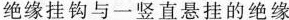
绝缘挂钩与一竖直悬挂的绝缘